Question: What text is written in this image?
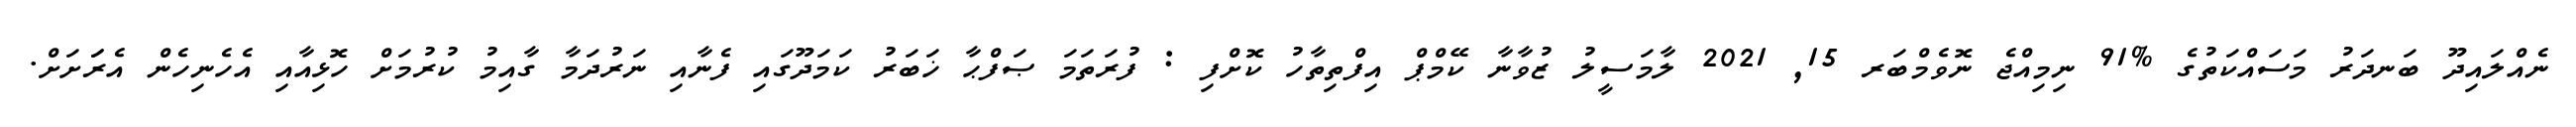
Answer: ނެއްލައިދޫ ބަނދަރު މަސައްކަތުގެ %91 ނިމިއްޖެ ނޮވެމްބަރ 15, 2021 ލާމަސީލު ޒުވާނާ ކޭމްޕް އިފްތިތާހު ކޮށްފި : ފުރަތަމަ ޞަފްޙާ ޚަބަރު ކަމަދޫގައި ފެނާއި ނަރުދަމާ ގާއިމު ކުރުމަށް ހޮޅިއާއި އެހެނިހެން އެރަަށަށް.